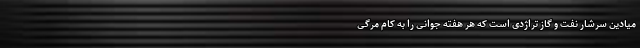
میادین سرشار نفت و گاز تراژدی است که هر هفته جوانی را به کام مرگی